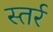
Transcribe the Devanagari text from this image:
स्तर्र